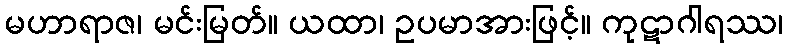
မဟာရာဇ၊ မင်းမြတ်။ ယထာ၊ ဥပမာအားဖြင့်။ ကုဋာဂါရဿ၊